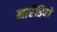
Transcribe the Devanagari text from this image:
नार्रेडियो